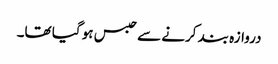
دروازہ بند کرنے سے حبس ہو گیا تھا۔